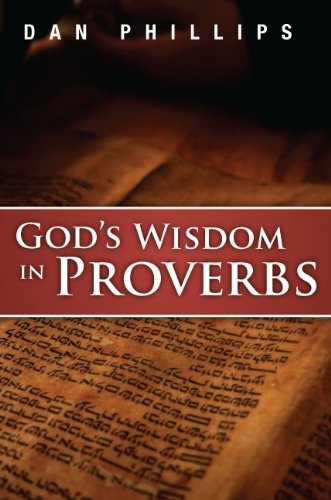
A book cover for God's Wisdom in Proverbs; Dan Phillips; Christian Books & Bibles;